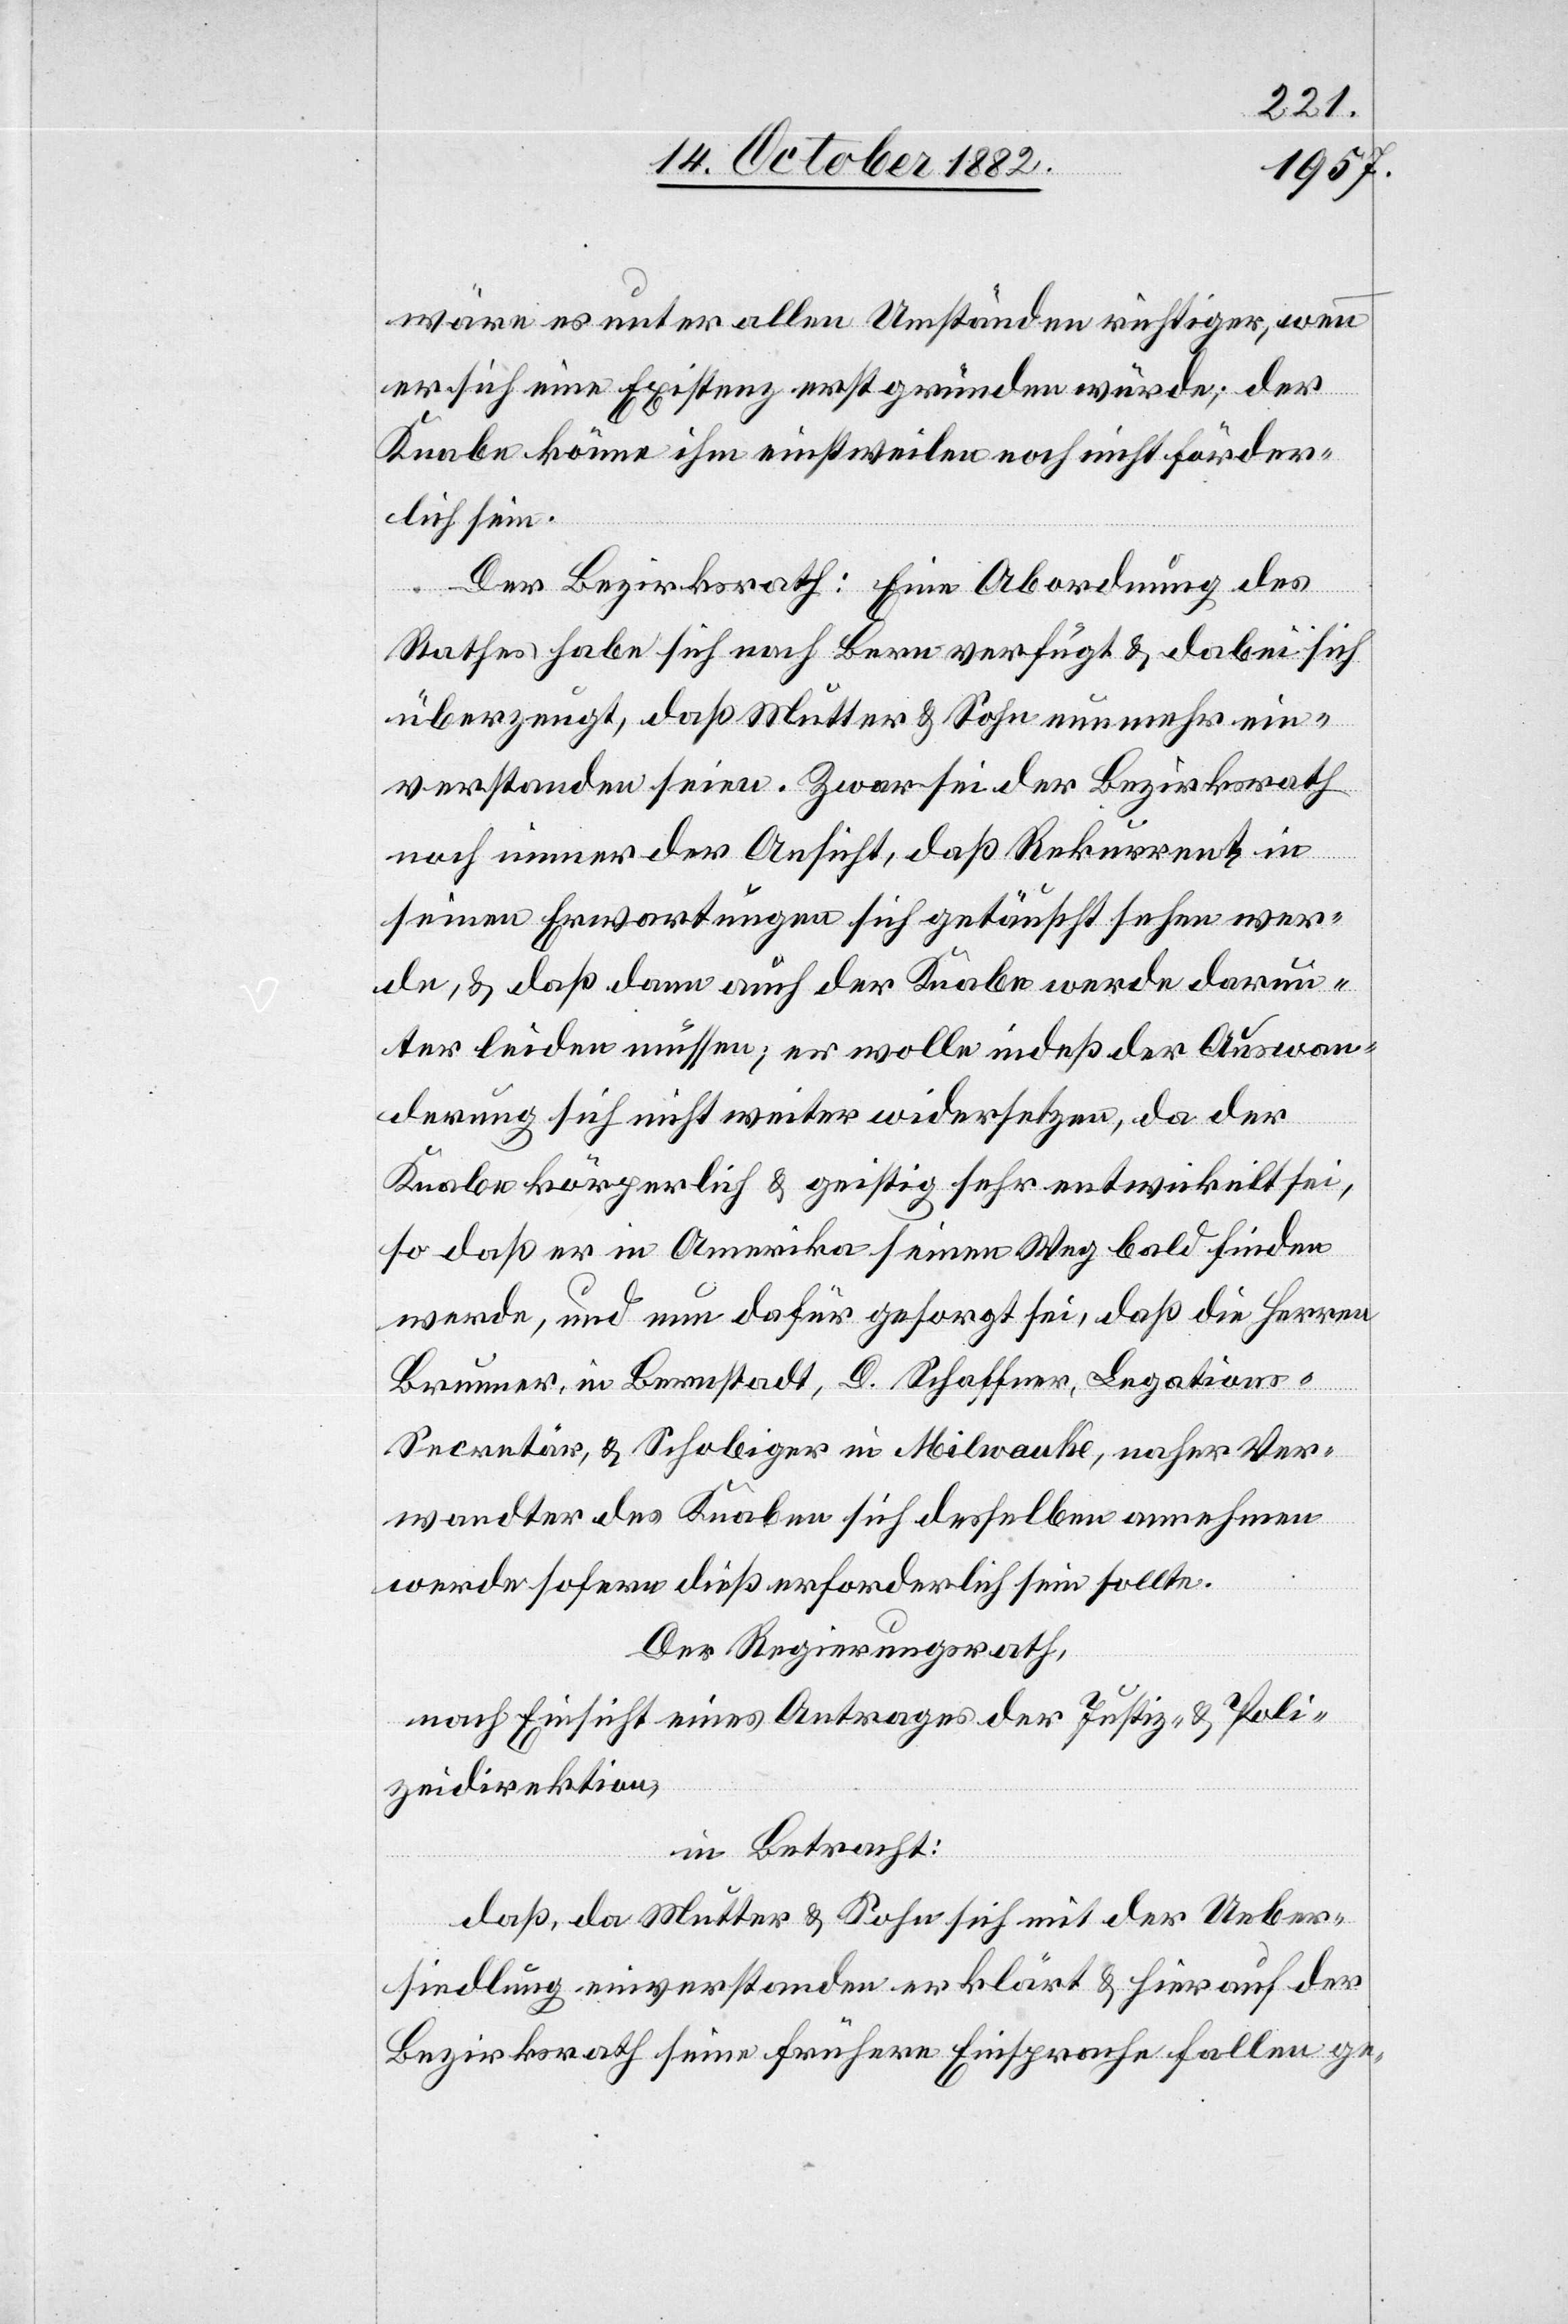
wäre es unter allen Umständen richtiger, wenn
er sich eine Existenz erst gründen würde; der
Knabe könne ihm einstweilen noch nicht förder¬
lich sein.
Der Bezirksrath: Eine Abordnung des
Rathes habe sich nach Bern verfügt & dabei sich
überzeugt, daß Mutter & Sohn nunmehr ein¬
verstanden seien. Zwar sei der Bezirksrath
noch immer der Ansicht, daß Rekurrent in
seinen Erwartungen sich getäuscht sehen wer¬
de, & daß dann auch der Knabe werde darun¬
ter leiden müssen; er wolle indeß der Auswan¬
derung sich nicht weiter widersetzen, da der
Knabe körperlich & geistig sehr entwickelt sei,
so daß er in Amerika seinen Weg bald finden
werde, und nun dafür gesorgt sei, daß die Herren
Brunner, in Bernstadt, D. Schaffner, Legation¬
s-Secretär, & Schobiger in Milwauke, naher Ver¬
wandter des Knaben sich desselben annehmen
werde[n] sofern dieß erforderlich sein sollte.
Der Regierungsrath,
nach Einsicht eines Antrages der Justiz- & Poli¬
zeidirektion,
in Betracht:
daß, da Mutter & Sohn sich mit der Ueber¬
siedlung einverstanden erklärt & hierauf der
Bezirksrath seine frühere Einsprache fallen ge-